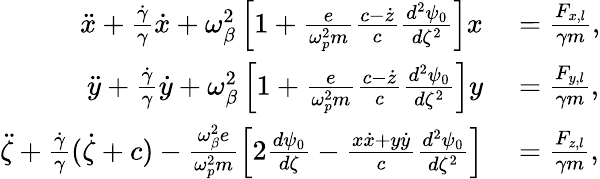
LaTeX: \begin{array}{rl}{\ddot{x}+\frac{\dot{\gamma}}{\gamma}\dot{x}+\omega_{\beta}^{2}\left[1+\frac{e}{\omega_{p}^{2}m}\frac{c-\dot{z}}{c}\frac{d^{2}\psi_{0}}{d\zeta^{2}}\right]x}&{{}=\frac{F_{x,l}}{\gamma m},}\\ {\ddot{y}+\frac{\dot{\gamma}}{\gamma}\dot{y}+\omega_{\beta}^{2}\left[1+\frac{e}{\omega_{p}^{2}m}\frac{c-\dot{z}}{c}\frac{d^{2}\psi_{0}}{d\zeta^{2}}\right]y}&{{}=\frac{F_{y,l}}{\gamma m},}\\ {\ddot{\zeta}+\frac{\dot{\gamma}}{\gamma}(\dot{\zeta}+c)-\frac{\omega_{\beta}^{2}e}{\omega_{p}^{2}m}\left[2\frac{d\psi_{0}}{d\zeta}-\frac{x\dot{x}+y\dot{y}}{c}\frac{d^{2}\psi_{0}}{d\zeta^{2}}\right]}&{{}=\frac{F_{z,l}}{\gamma m},}\end{array}